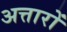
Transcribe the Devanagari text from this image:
अत्तारों